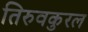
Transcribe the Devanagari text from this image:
तिरुवकुरल